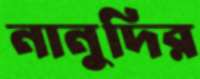
নানুদির